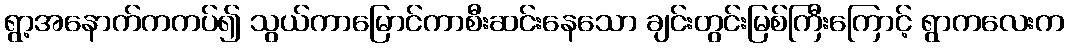
ရွာ့အနောက်ကကပ်၍ သွယ်ကာမြောင်ကာစီးဆင်းနေသော ချင်းတွင်းမြစ်ကြီးကြောင့် ရွာကလေးက